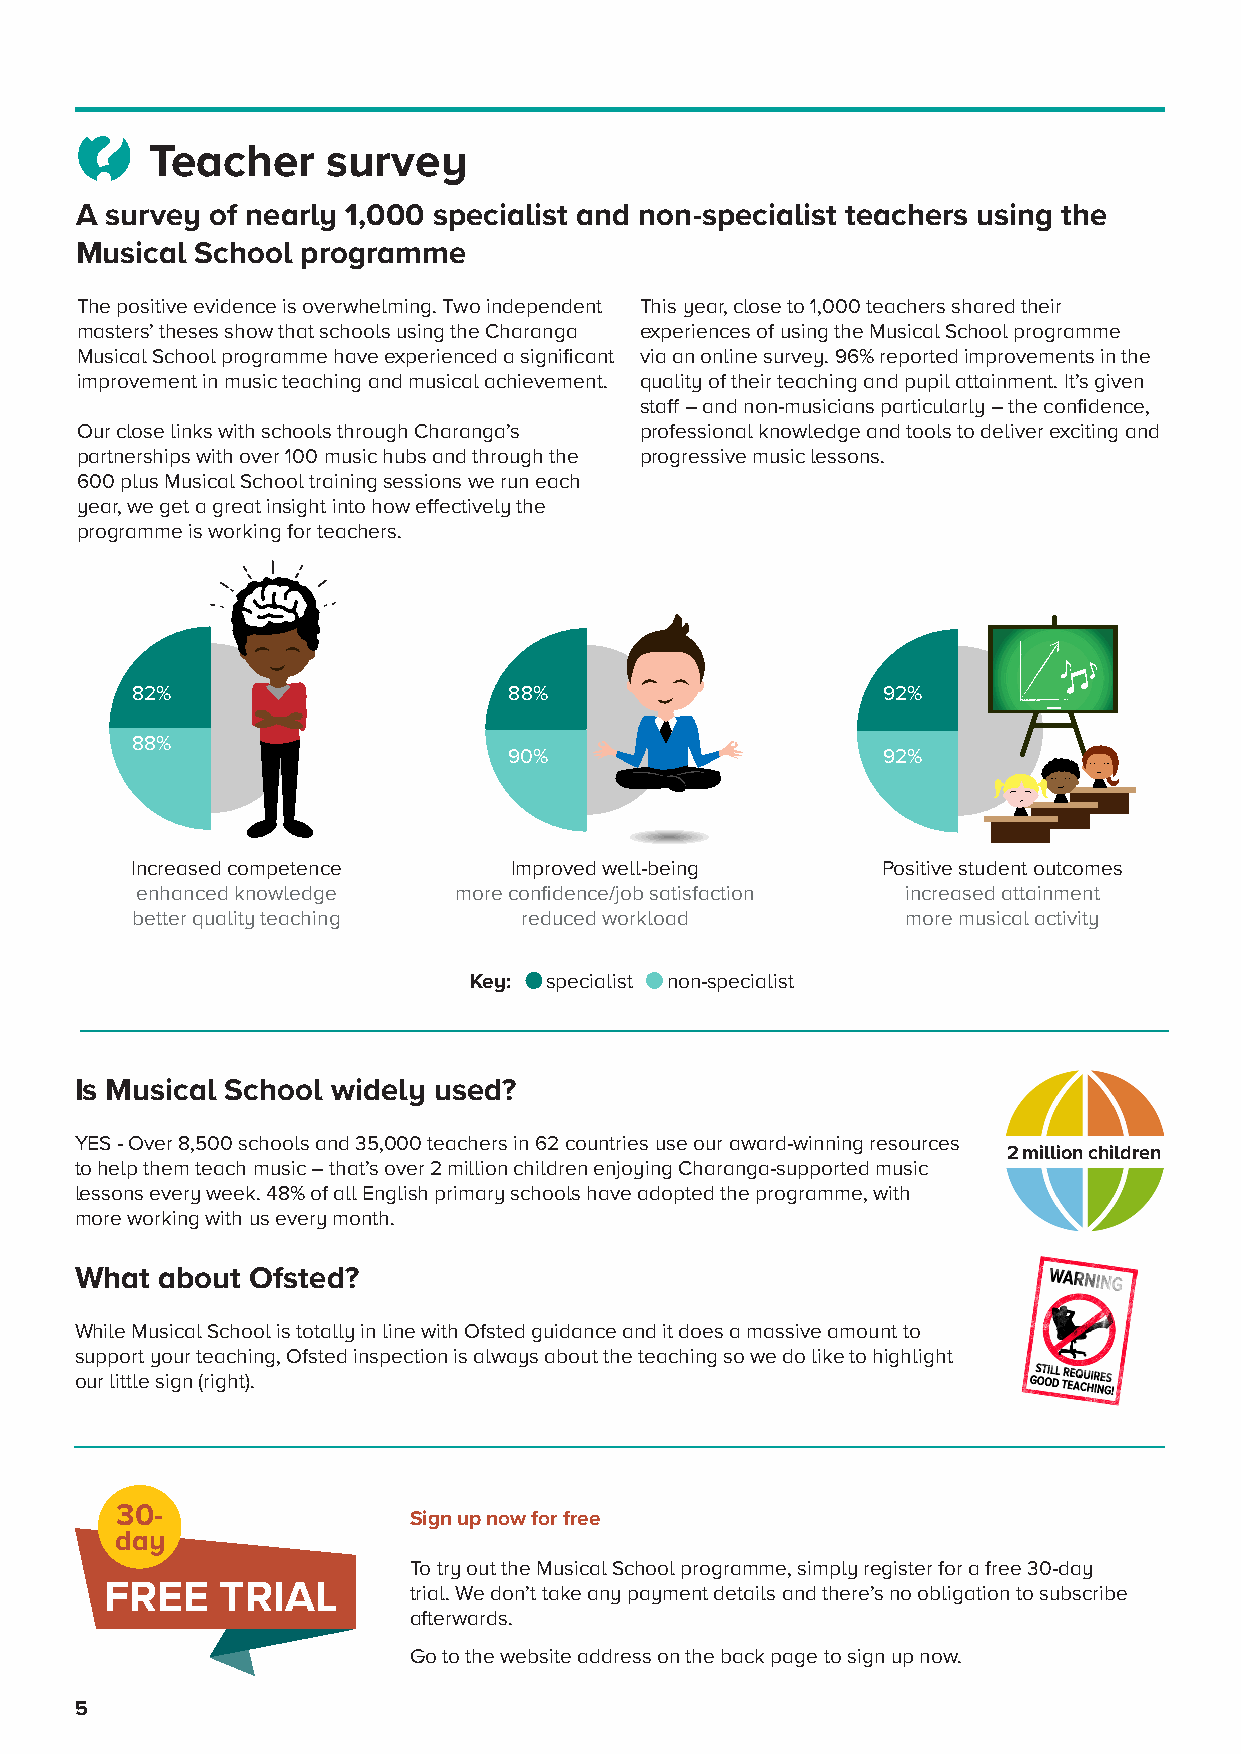
Teacher     survey
 A survey of nearly 1,000 specialist and non-specialist teachers using the
 Musical School programme
 The positive evidence is overwhelming. Two independent This year, close to 1,000 teachers shared their
 masters’ theses show that schools using the Charanga experiences of using the Musical School programme
 Musical School programme have experienced a significant via an online survey. 96% reported improvements in the
 improvement in music teaching and musical achievement. quality of their teaching and pupil attainment. It’s given
 staff – and non-musicians particularly – the confidence,
 Our close links with schools through Charanga’s professional knowledge and tools to deliver exciting and
 partnerships with over 100 music hubs and through the progressive music lessons.
 600 plus Musical School training sessions we run each
 year, we get a great insight into how effectively the
 programme is working for teachers.
 82%                      88%                     92%
 88%
 90%                     92%
 Increased competence     Improved well-being     Positive student outcomes
 enhanced knowledge   more confidence/job satisfaction increased attainment
 better quality teaching  reduced workload          more musical activity
 Key: specialist non-specialist
 Is Musical School widely used?
 YES - Over 8,500 schools and 35,000 teachers in 62 countries use our award-winning resources
 2 million children
 to help them teach music – that’s over 2 million children enjoying Charanga-supported music
 lessons every week. 48% of all English primary schools have adopted the programme, with
 more working with us every month.
 What about  Ofsted?
 While Musical School is totally in line with Ofsted guidance and it does a massive amount to
 support your teaching, Ofsted inspection is always about the teaching so we do like to highlight
 our little sign (right).
 30-
 Sign up now for free
 day
 To try out the Musical School programme, simply register for a free 30-day
 FREE    TRIAL       trial. We don’t take any payment details and there’s no obligation to subscribe
 afterwards.
 Go to the website address on the back page to sign up now.
 5